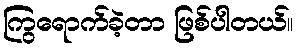
ကြွရောက်ခဲ့တာ ဖြစ်ပါတယ်။